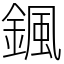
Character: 𩗩